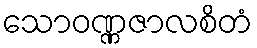
သောဝဏ္ဏဇာလစိတံ